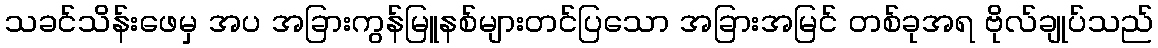
သခင်သိန်းဖေမှ အပ အခြားကွန်မြူနစ်များတင်ပြသော အခြားအမြင် တစ်ခုအရ ဗိုလ်ချုပ်သည်